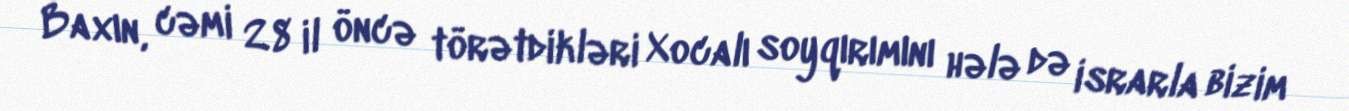
Baxın, cəmi 28 il öncə törətdikləri Xocalı soyqırımını hələ də israrla bizim